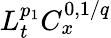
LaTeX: L_{t}^{p_{1}}C_{x}^{0,1/q}